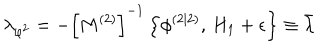
LaTeX: \lambda _ { \varphi ^ { 2 } } = - \left[ M ^ { \left( 2 \right) } \right] ^ { - 1 } \left\{ \phi ^ { \left( 2 | 2 \right) } , \, H _ { 1 } + \epsilon \right\} \equiv \bar { \lambda }